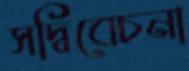
সদ্বিবেচনা